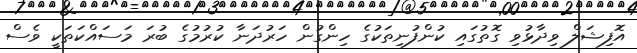
އޮފިޝަލް ވިދާޅުވި ގޮތުގައި ކުންފުނިތަކުގެ ހިންގުން ހަރުދަނާ ކުރުމުގެ ބުރަ މަސައްކަތަކީ ވެސް